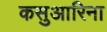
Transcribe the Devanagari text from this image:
कसुआरिना